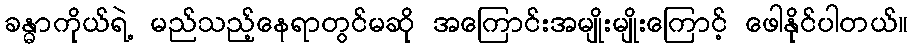
ခန္ဓာကိုယ်ရဲ့ မည်သည့်နေရာတွင်မဆို အကြောင်းအမျိုးမျိုးကြောင့် ဖေါနိုင်ပါတယ်။